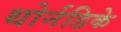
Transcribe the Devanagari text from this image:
थोर्नडिके